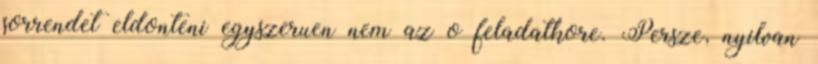
sorrendet eldonteni egyszeruen nem az o feladatkore. Persze, nyilvan